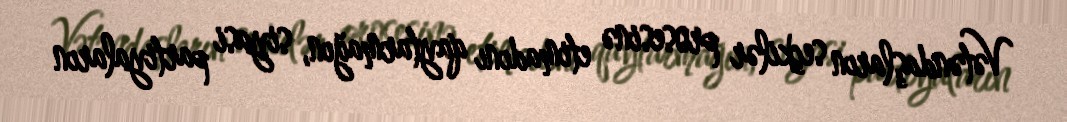
Vətəndaşların seçkilər prosesinə etimadını qaytarmağın, siyasi partiyaların